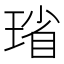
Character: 𪻻